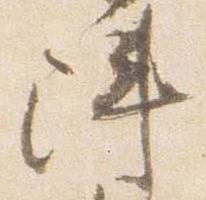
陣